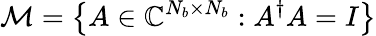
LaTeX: \mathcal{M}=\left\{ A\in\mathbb{C}^{N_{b}\times N_{b}}:A^{\dagger}A=I\right\}